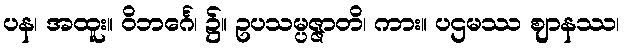
ပန၊ အထူး။ ဝိဘင်္ဂေ၊ ၌။ ဥပသမ္ပဇ္ဇာတိ၊ ကား။ ပဌမဿ ဈာနဿ၊